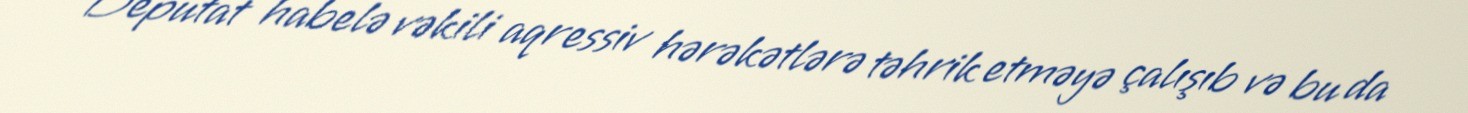
Deputat habelə vəkili aqressiv hərəkətlərə təhrik etməyə çalışıb və bu da